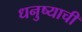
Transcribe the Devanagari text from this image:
धनुष्याची